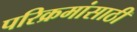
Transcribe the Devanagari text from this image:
परिक्रमांसाठी